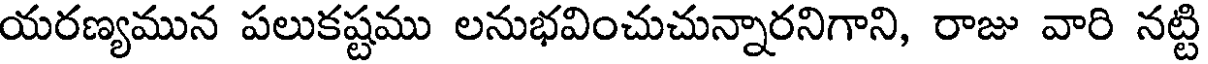
యరణ్యమున పలుకష్టము లనుభవించుచున్నారనిగాని, రాజు వారి నట్టి